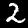
Digit: 2